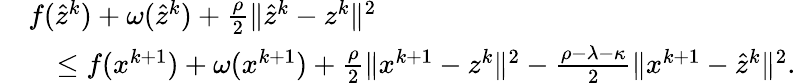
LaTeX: \begin{array}{rl}&{f(\hat{z}^{k})+\omega(\hat{z}^{k})+\frac{\rho}{2}\| \hat{z}^{k}-z^{k}\| ^{2}}\\ &{\quad\leq f(x^{k+1})+\omega(x^{k+1})+\frac{\rho}{2}\| x^{k+1}-z^{k}\| ^{2}-\frac{\rho-\lambda-\kappa}{2}\| x^{k+1}-\hat{z}^{k}\| ^{2}.}\end{array}